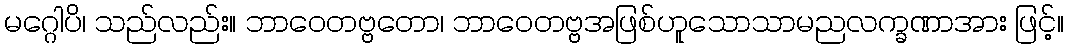
မဂ္ဂေါပိ၊ သည်လည်း။ ဘာဝေတဗ္ဗတော၊ ဘာဝေတဗ္ဗအဖြစ်ဟူသောသာမညလက္ခဏာအား ဖြင့်။